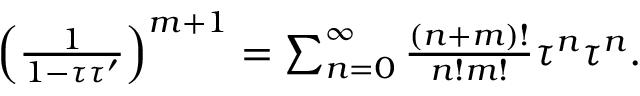
\begin{array} { r } { \left( \frac { 1 } { 1 - \tau \tau ^ { \prime } } \right) ^ { m + 1 } = \sum _ { n = 0 } ^ { \infty } \frac { ( n + m ) ! } { n ! m ! } \tau ^ { n } \tau ^ { n } . } \end{array}